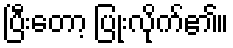
ပြီးတော့ ပြုံးလိုက်၏။